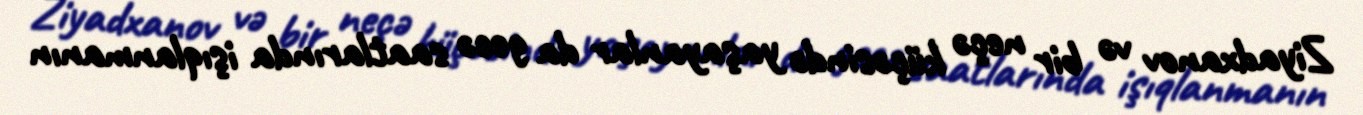
Ziyadxanov və bir neçə küçəsində yaşayanlar da gecə saatlarında işıqlanmanın